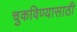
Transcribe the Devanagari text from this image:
चुकविण्यासाठी